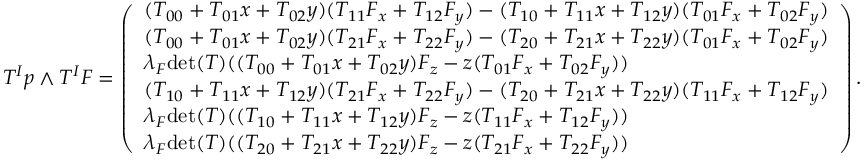
\begin{array} { r } { T ^ { I } p \wedge T ^ { I } F = \left( \begin{array} { l } { ( T _ { 0 0 } + T _ { 0 1 } x + T _ { 0 2 } y ) ( T _ { 1 1 } F _ { x } + T _ { 1 2 } F _ { y } ) - ( T _ { 1 0 } + T _ { 1 1 } x + T _ { 1 2 } y ) ( T _ { 0 1 } F _ { x } + T _ { 0 2 } F _ { y } ) } \\ { ( T _ { 0 0 } + T _ { 0 1 } x + T _ { 0 2 } y ) ( T _ { 2 1 } F _ { x } + T _ { 2 2 } F _ { y } ) - ( T _ { 2 0 } + T _ { 2 1 } x + T _ { 2 2 } y ) ( T _ { 0 1 } F _ { x } + T _ { 0 2 } F _ { y } ) } \\ { \lambda _ { F } \mathrm { d e t } ( T ) ( ( T _ { 0 0 } + T _ { 0 1 } x + T _ { 0 2 } y ) F _ { z } - z ( T _ { 0 1 } F _ { x } + T _ { 0 2 } F _ { y } ) ) } \\ { ( T _ { 1 0 } + T _ { 1 1 } x + T _ { 1 2 } y ) ( T _ { 2 1 } F _ { x } + T _ { 2 2 } F _ { y } ) - ( T _ { 2 0 } + T _ { 2 1 } x + T _ { 2 2 } y ) ( T _ { 1 1 } F _ { x } + T _ { 1 2 } F _ { y } ) } \\ { \lambda _ { F } \mathrm { d e t } ( T ) ( ( T _ { 1 0 } + T _ { 1 1 } x + T _ { 1 2 } y ) F _ { z } - z ( T _ { 1 1 } F _ { x } + T _ { 1 2 } F _ { y } ) ) } \\ { \lambda _ { F } \mathrm { d e t } ( T ) ( ( T _ { 2 0 } + T _ { 2 1 } x + T _ { 2 2 } y ) F _ { z } - z ( T _ { 2 1 } F _ { x } + T _ { 2 2 } F _ { y } ) ) } \end{array} \right) . } \end{array}